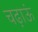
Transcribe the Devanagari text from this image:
चढ़ाऊं